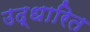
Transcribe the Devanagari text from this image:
उद्धारित